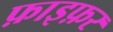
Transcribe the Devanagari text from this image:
फ़ाइफ़र